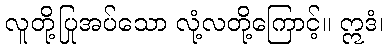
လူတို့ပြုအပ်သော လုံ့လတို့ကြောင့်။ ဣဒံ၊